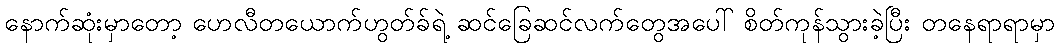
နောက်ဆုံးမှာတော့ ဟေလီတယောက်ဟွတ်ခ်ရဲ့ ဆင်ခြေဆင်လက်တွေအပေါ် စိတ်ကုန်သွားခဲ့ပြီး တနေရာရာမှာ